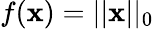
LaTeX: f(\textbf{x})=||\textbf{x}||_{0}